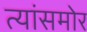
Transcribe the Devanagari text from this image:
त्यांसमोर